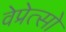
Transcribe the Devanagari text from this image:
वेप्रेत्सो